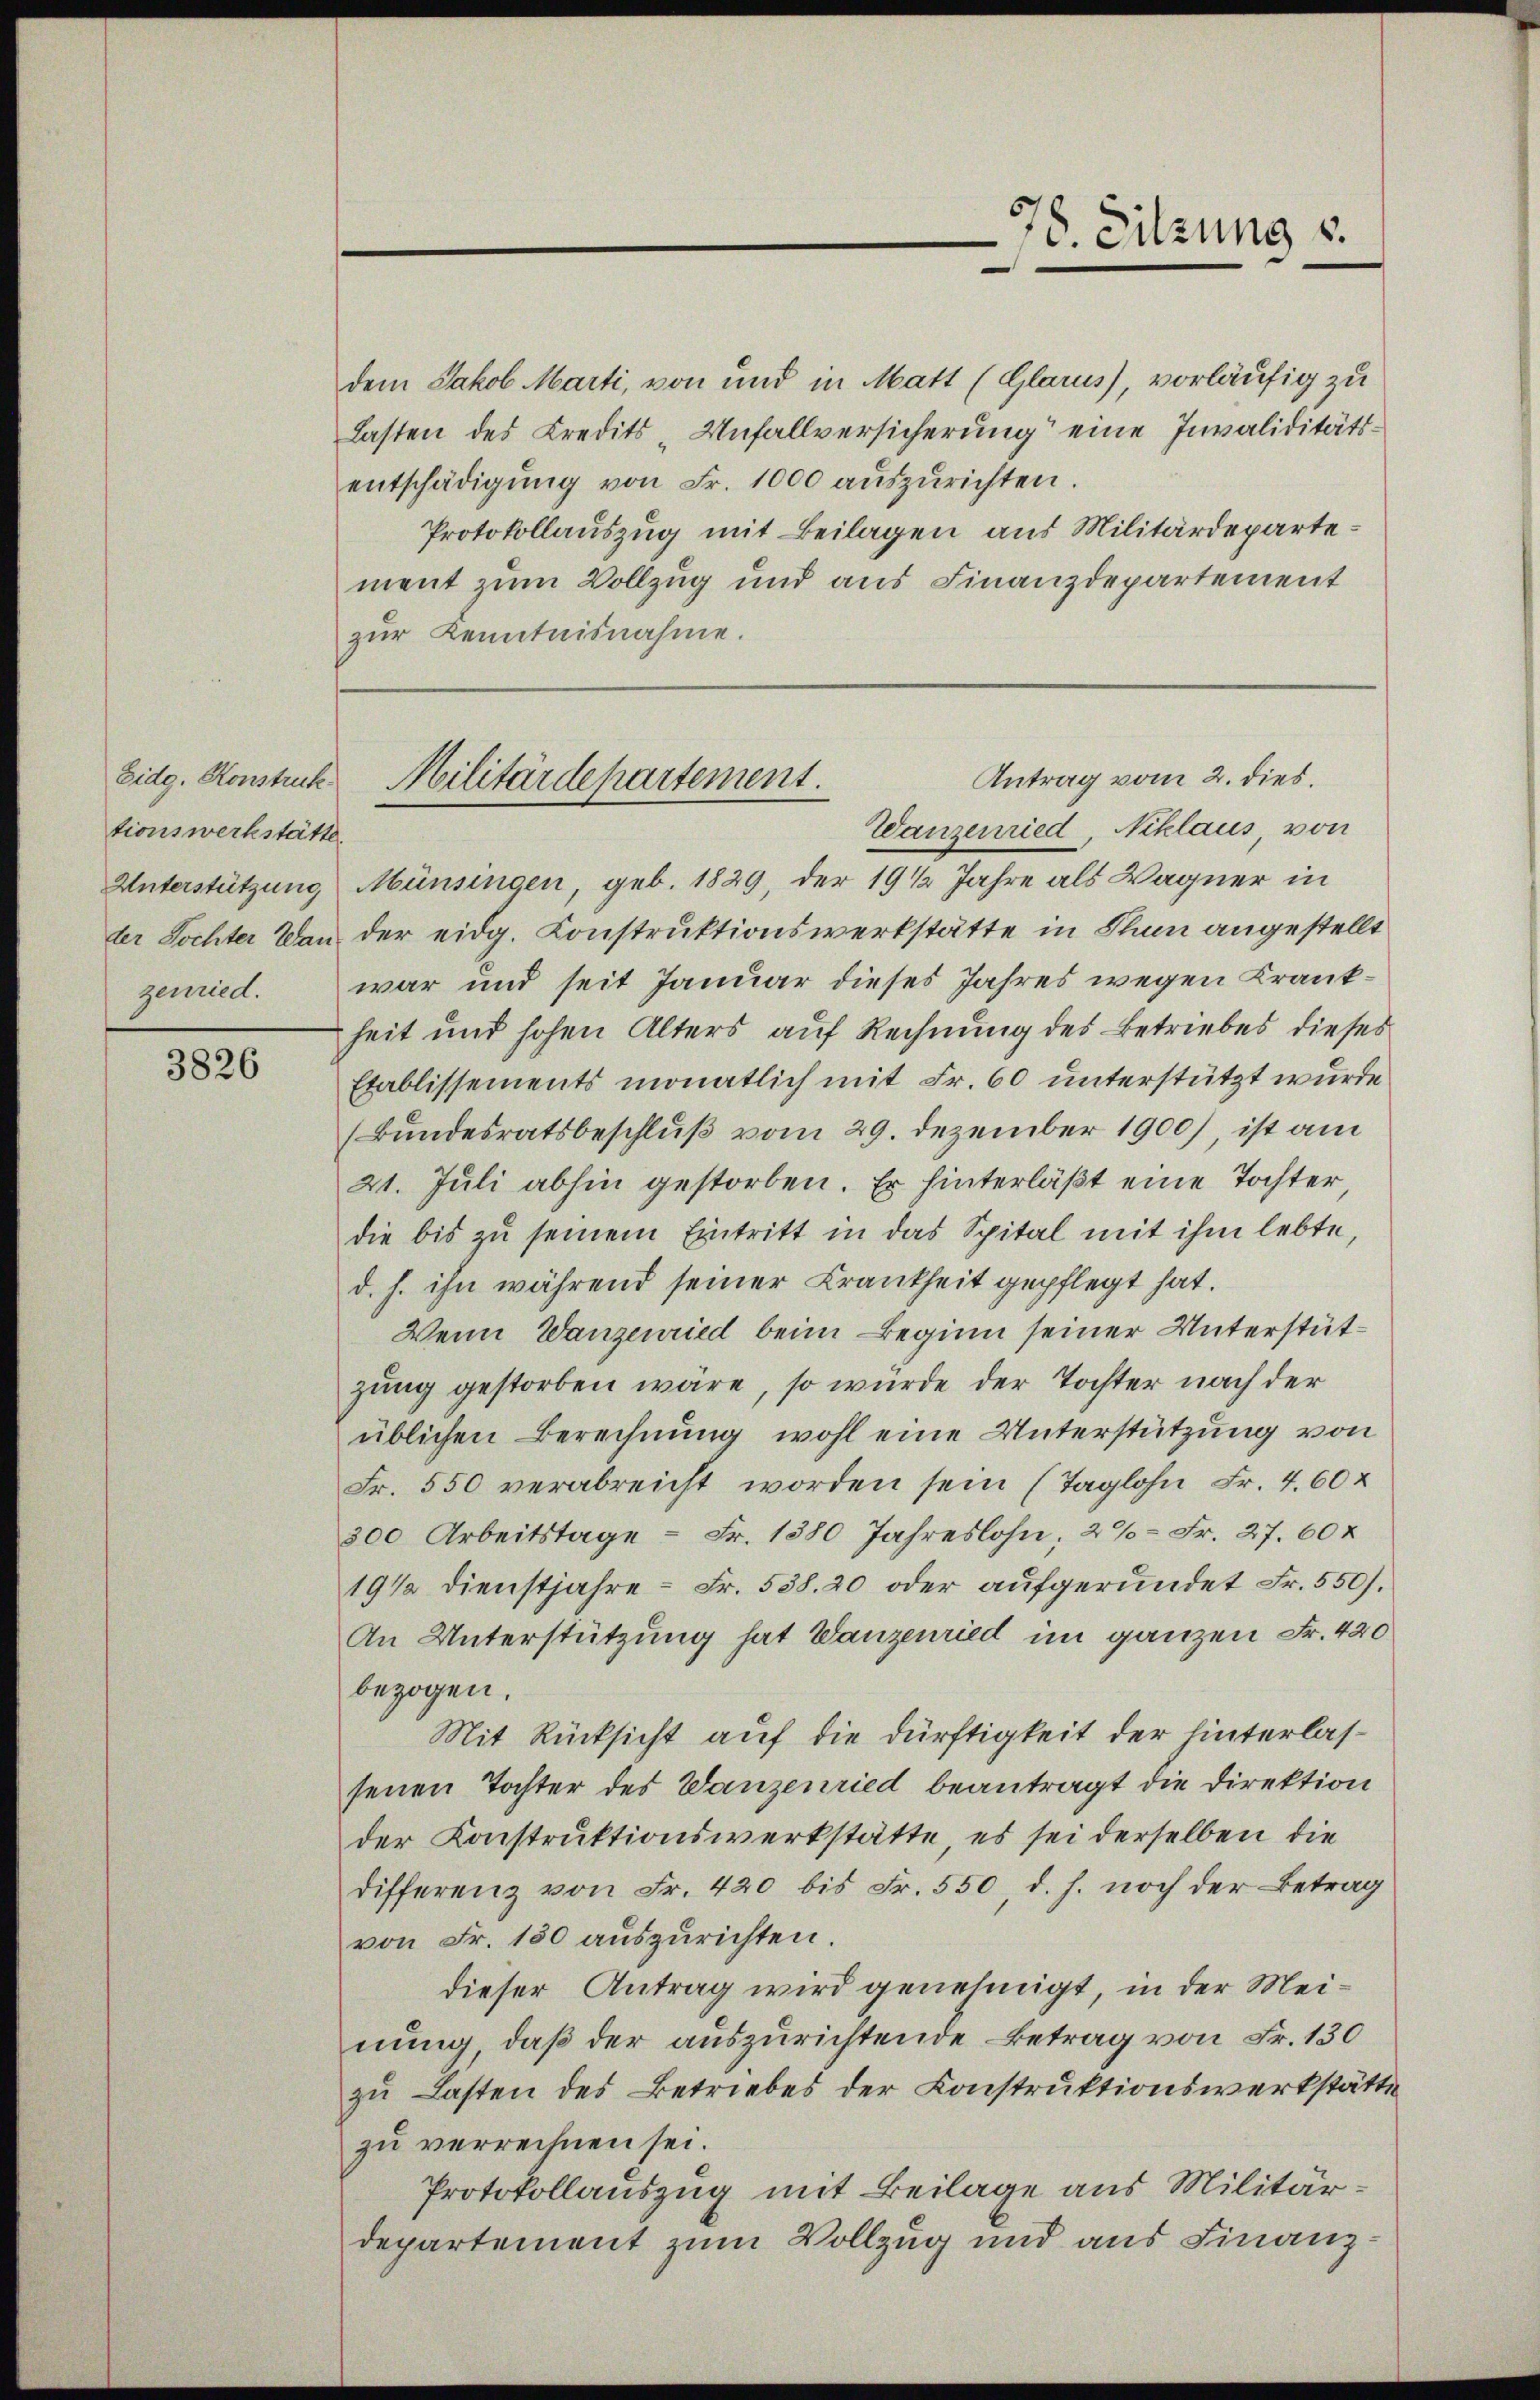
tionswerkstätte.
zenried.

3826

dem Jakob Marti, von und in Matt (Glarus), vorläufig zu
Lasten des Kredits - Unfallversicherung eine Invaliditätsentschädigŭng von Fr. 1000 aŭszŭrichten.
Protokollauszug mit Beilagen aus Militärdepartement zum Vollzug und aus Finanzdepartement
zŭr Kenntnisnahme.

Unterstützung Münsingen, geb. 1829, der 19 1/2 Jahre als Wagner in
ler Tochter Dan der eidg. Konstruktionswerkstätte in Plan angestellt
war und seit Januar dieses Jahres wegen Krankheit und hohen Alters auf Rechnung des Betriebes dieses
Etablissements monatlich mit Fr. 60 unterstützt wurde
(Bundesratsbeschluß vom 29. Dezember 1900), ist am
21. Juli abhin gestorben. Er hinterläßt eine Tochter,
die bis zu seinem Eintritt in das Spital mit ihm lebte,
d. h. ihn während seiner Krankheit gepflegt hat.
Wenn Wanzenried beim Beginn seiner Unterstützung gestorben wäre, so würde der Tochter nach der
üblichen Berechnung wohl eine Unterstützung von
Fr. 550 verabreicht worden sein (Taglohn Fr. 460 x
300 Arbeitstage - Fr. 1380 Jahreslohn; 2%- Fr. 27. 604
191 dienstjahre - Fr. 538. 20 oder aŭfgeründet Fr. 550).
An Unterstützung hat Wanzenried im ganzen Fr. 420
bezogen.
Mit Rücksicht auf die dürftigkeit der hinterlassenen Tochter des Wanzenried beantragt die Direktion
der Konstruktionswerkstätte, es sei derselben die
differenz von Fr. 420 bis Fr. 550, d. h. noch der Betrag
von Fr. 150 auszurichten.
dieser Antrag wird genehmigt, in der Meinung, daß der auszurichtende Betrag von Fr. 130
zu Lasten des Betriebes der Konstruktionswerkstätte
zu verrechnen sei.
Protokollauszug mit Beilage aus Militärdepartement zum Vollzug und aus Finanz¬

78. Sitzung s.

Antrag vom 2. dies.
Eidg. Konstuck Militärdepartement.
Wanzenried, Niklaus, von